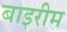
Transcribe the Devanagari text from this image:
बाइरीम